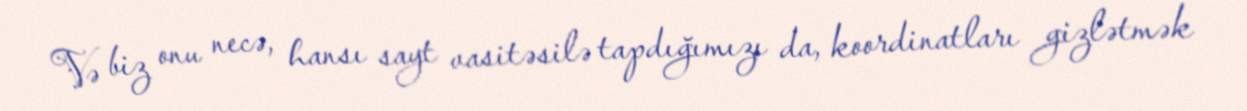
Və biz onu necə, hansı sayt vasitəsilə tapdığımızı da, koordinatları gizlətmək